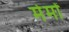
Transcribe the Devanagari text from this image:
मेमों